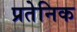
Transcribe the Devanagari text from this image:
प्रतेनिक